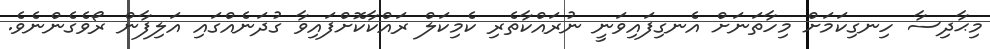
މިޙާދިސާ ހިނގިކަމަށް މިހާތަނަށް އެނގިފައިވަނީ ނުރައްކާތެރި ކެމިކަލް ރައްކާކޮށްފައިވާ ގުދަނެއްގައި އަލިފާން ރޯވެގެންނެވެ.